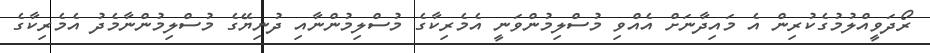
ރޯދަވީއްލުމުގެކުރިން އެ މައިދާނަށް އެއްވި މުސްލިމުންވަނީ އެމެރިކާގެ މުސްލިމުންނާއި ދުނިޔޭގެ މުސްލިމުންނާމެދު އެމެރިކާގެ